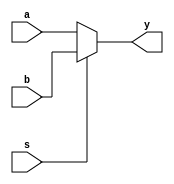
`timescale 1ns / 1ps
module mux_21(a,b,s,y);
input a,b,s;
output y;
assign y=s?b:a;
endmodule